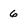
Character: 6